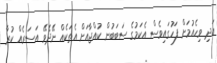
އަދި ވިހެއުމަށް ފަހުގައިވެސް އެކަމުގެ ސަބަބުން ކުއްޖާއަށް އެތަކެއް ނޭދެވޭ އަސަރެއް ކުރާ